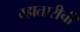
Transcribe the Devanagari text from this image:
म्हातारीची